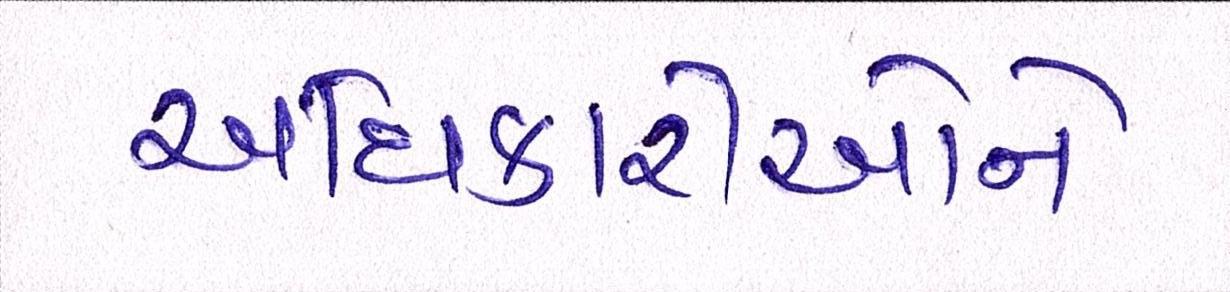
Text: અધિકારીઓને